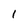
Character: 1